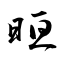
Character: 晅